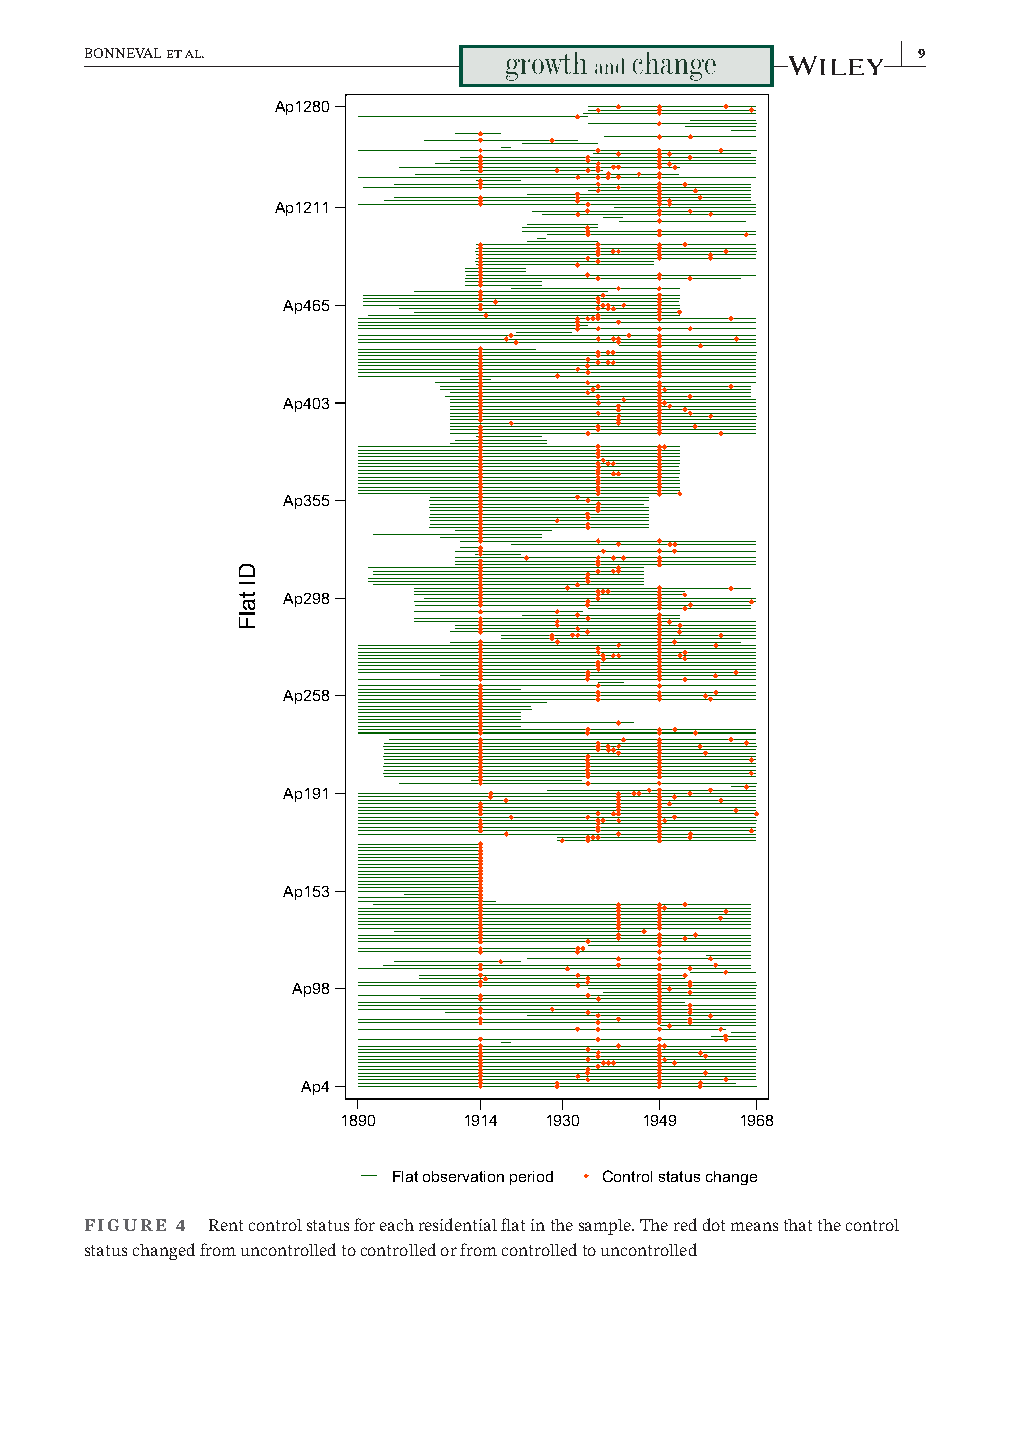
BONNEVAL et al.                                       | 9
 Ap1280
 Ap1211
 Ap465
 Ap403
 Ap355
 Ap298
 Ap258
 Ap191
 Ap153
 Ap98
 Ap4
 1890    1914 1930  1949   1968
 Flat observation period Control status change
 FIGURE 4 Rent control status for each residential flat in the sample. The red dot means that the control
 status changed from uncontrolled to controlled or from controlled to uncontrolled
 DI
 talF